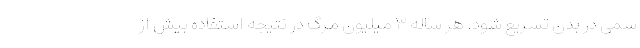
سمی در بدن تسریع شود. هر ساله ۳ میلیون مرگ در نتیجه استفاده بیش از